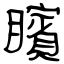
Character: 矉